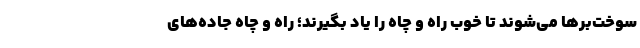
سوخت‌برها می‌شوند تا خوب راه و چاه را یاد بگیرند؛ راه و چاه جاده‌های